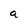
Character: a